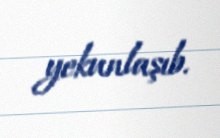
yekunlaşıb.